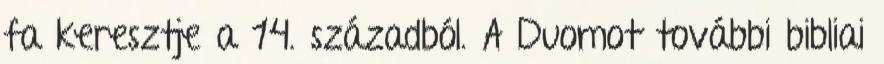
fa keresztje a 14. századból. A Duomot további bibliai